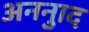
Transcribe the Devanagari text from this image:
अननुाद